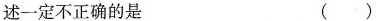
述一定不正确的是 ( )